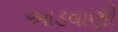
આડવાણી